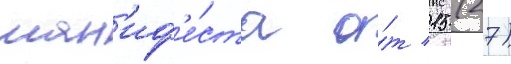
ман'иф'е́ста о́т 15 (27)